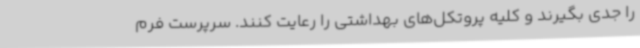
را جدی بگیرند و کلیه پروتکل‌های بهداشتی را رعایت کنند. سرپرست فرم